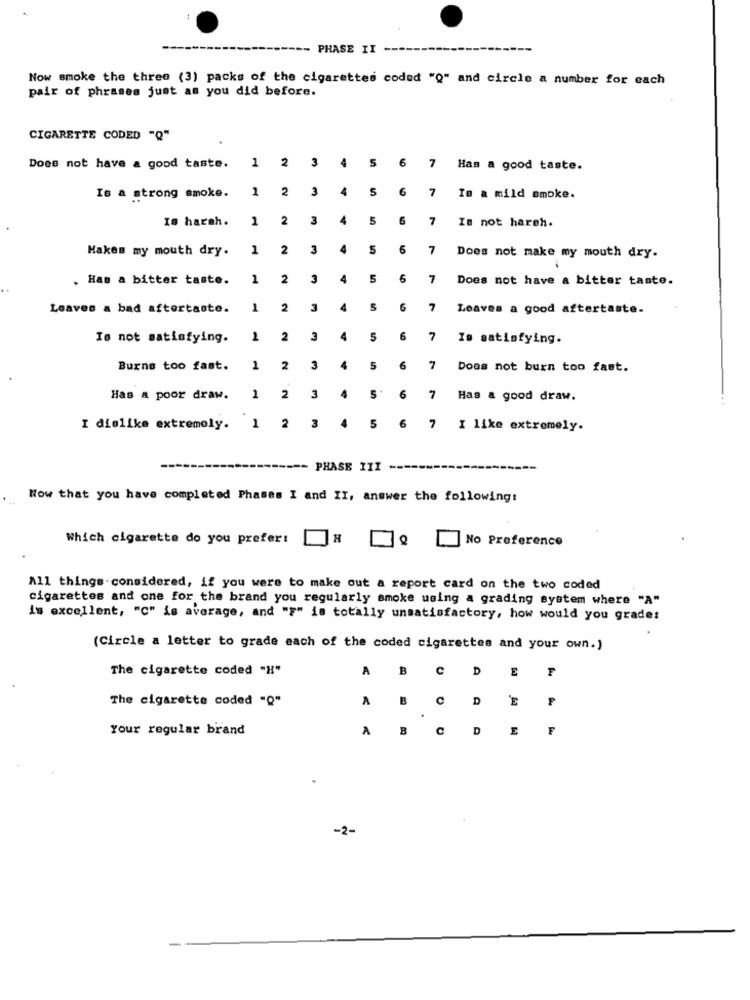
PHASE II
Now smoke the three (3) packs of the cigarettes coded "Q" and circle a number for each
pair of phrases just as you did before.
CIGARETTE CODED "Q"
5 6
Does not have a good taste.
1 2 3 4
7
Has a good taste.
1 2
3
4
5
6
7
Is a strong smoke.
Is a mild smoke.
Is harah.
1
2
3
4
5
6
7
Is not haroh.
Makes my mouth dry.
1
2
3
4
5
6
7
Does not make my mouth dry.
. Has a bitter taste.
1
2
3
4
5
6
7
Does not have a bitter taste.
Leaves a bad aftertaste.
1
2
3
4
5
6
7
Leaves a good aftertaste.
Is not satisfying.
1
2
3
4
5
6
7
Is satisfying.
Burns too fast.
1
2
3
4
5
6
7
Does not burn too fast.
Has a poor draw.
1
2
3
4
5
6
Has a good draw.
I dislike extremely.
1
2
3
4
5
6
I like extremely.
------- PHASE III
Now that you have completed Phases I and II, answer the following:
Which cigarette do you prefer:
H
No Preference
All things considered, if you were to make out a report card on the two coded
cigarettes and one for the brand you regularly smoke using a grading system where "A"
is excellent, "C" is average, and "F" is totally unsatisfactory, how would you grades
(Circle a letter to grade each of the coded cigarettes and your own.)
The cigarette coded "H"
A
B
C
D
The cigarette coded "Q"
A
B
C
D
P
A
Your regular brand
A
B
C
D
F
-2-